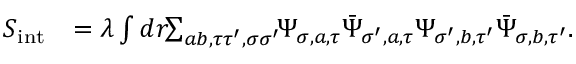
\begin{array} { r l } { S _ { \mathrm { i n t } } } & { = \lambda \int d r \! \! \sum _ { a b , \tau \tau ^ { \prime } , \sigma \sigma ^ { \prime } } \! \! { \Psi } _ { \sigma , a , \tau } \bar { \Psi } _ { \sigma ^ { \prime } , a , \tau } { \Psi } _ { \sigma ^ { \prime } , b , \tau ^ { \prime } } \bar { \Psi } _ { \sigma , b , \tau ^ { \prime } } . } \end{array}